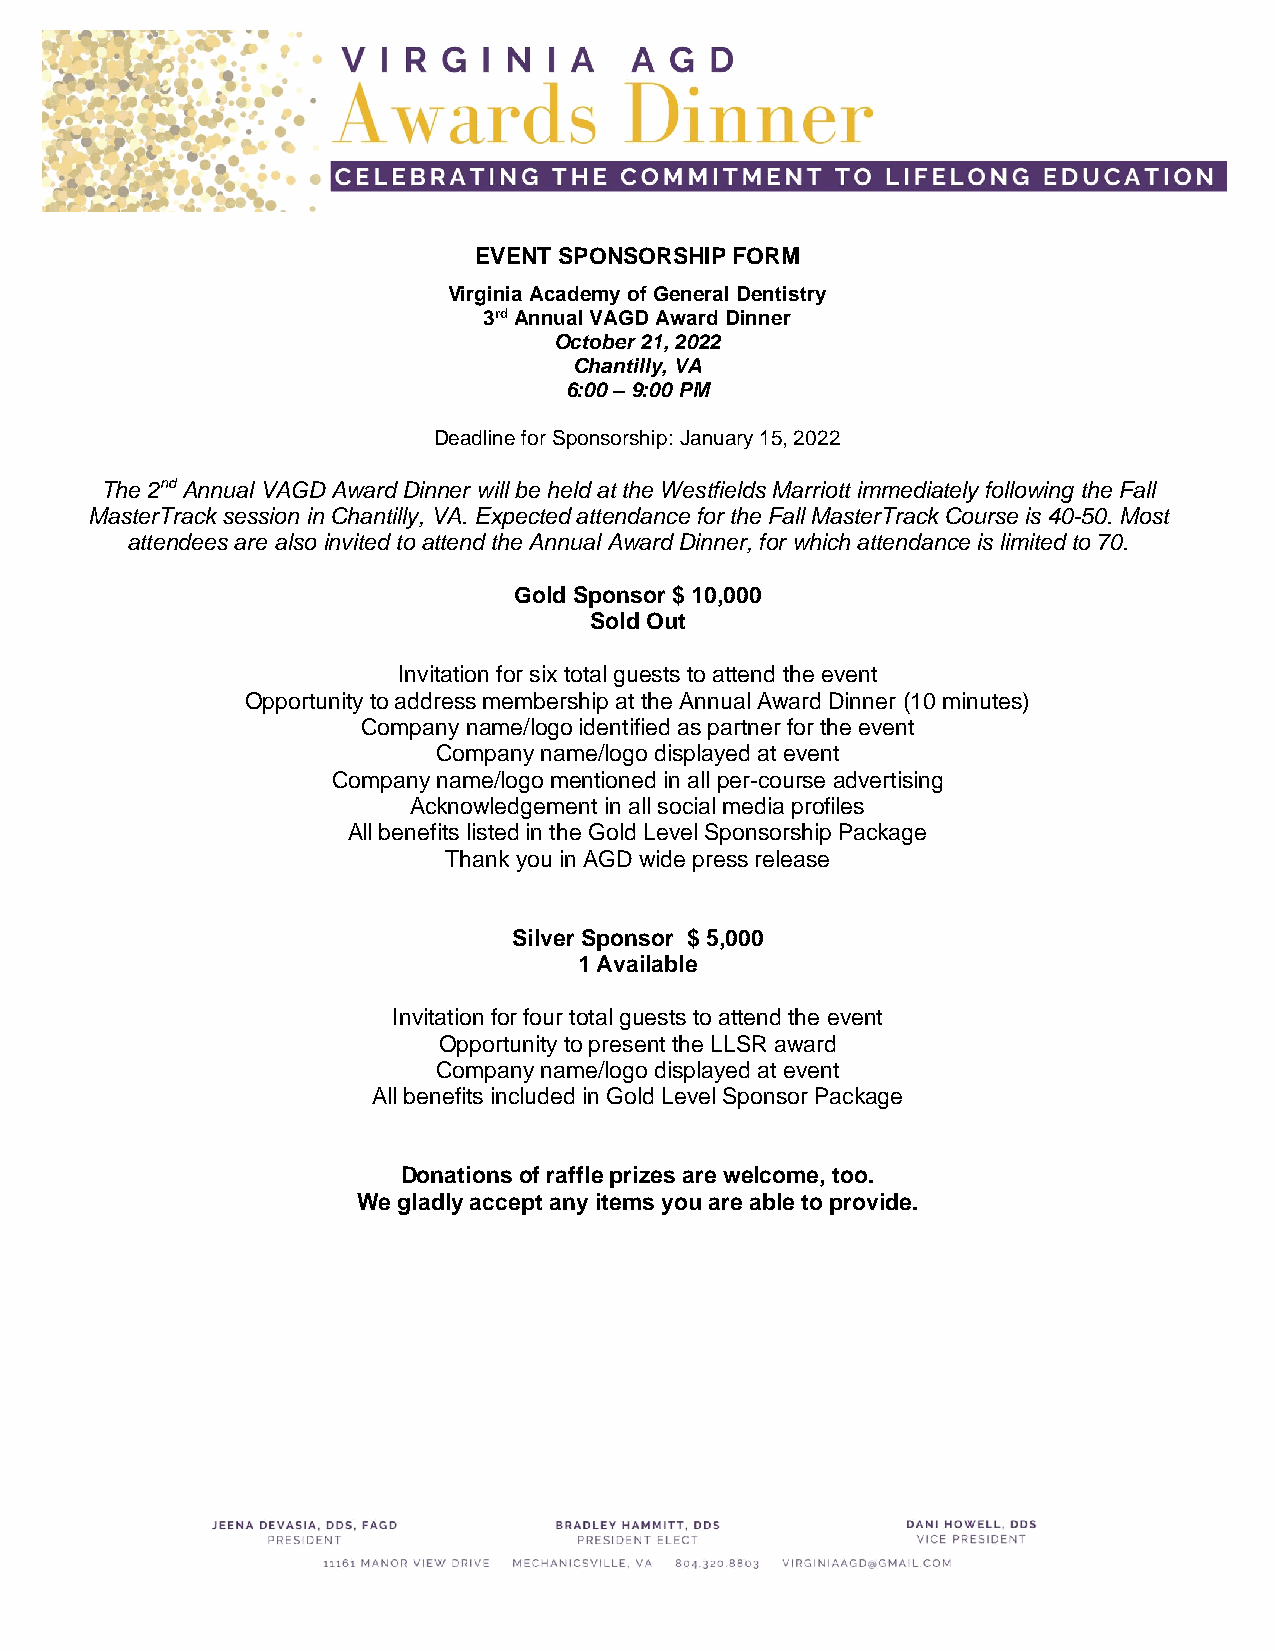
EVENT SPONSORSHIP FORM
 Virginia Academy of General Dentistry
 3rd Annual VAGD Award Dinner
 October 21, 2022
 Chantilly, VA
 6:00 – 9:00 PM
 Deadline for Sponsorship: January 15, 2022
 The 2nd Annual VAGD Award Dinner will be held at the Westfields Marriott immediately following the Fall
 MasterTrack session in Chantilly, VA. Expected attendance for the Fall MasterTrack Course is 40-50. Most
 attendees are also invited to attend the Annual Award Dinner, for which attendance is limited to 70.
 Gold Sponsor $ 10,000
 Sold Out
 Invitation for six total guests to attend the event
 Opportunity to address membership at the Annual Award Dinner (10 minutes)
 Company name/logo identified as partner for the event
 Company name/logo displayed at event
 Company name/logo mentioned in all per-course advertising
 Acknowledgement in all social media profiles
 All benefits listed in the Gold Level Sponsorship Package
 Thank you in AGD wide press release
 Silver Sponsor $ 5,000
 1 Available
 Invitation for four total guests to attend the event
 Opportunity to present the LLSR award
 Company name/logo displayed at event
 All benefits included in Gold Level Sponsor Package
 Donations of raffle prizes are welcome, too.
 We gladly accept any items you are able to provide.